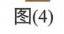
图(4)